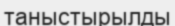
таныстырылды